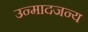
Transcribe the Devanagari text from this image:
उन्मादजन्य